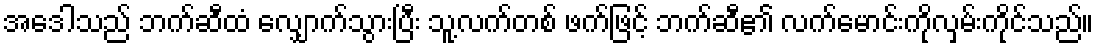
အေဒါသည် ဘက်ဆီထံ လျှောက်သွားပြီး သူ့လက်တစ် ဖက်ဖြင့် ဘက်ဆီ၏ လက်မောင်းကိုလှမ်းကိုင်သည်။